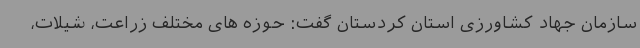
سازمان جهاد کشاورزی استان کردستان گفت: حوزه های مختلف زراعت، شیلات،